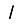
Digit: 1